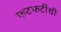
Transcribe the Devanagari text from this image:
फटफटींची